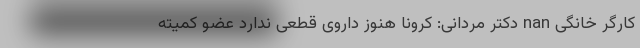
کارگر خانگی nan دکتر مردانی: کرونا هنوز داروی قطعی ندارد عضو کمیته